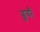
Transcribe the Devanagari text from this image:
छुयौ